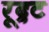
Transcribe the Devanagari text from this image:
रूद्रट